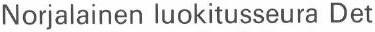
Norjalainen luokitusseura Det